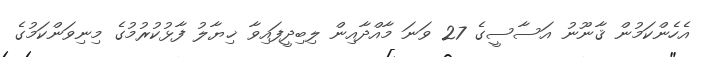
އެހެންކަމުން ޤާނޫނު އަސާސީގެ 27 ވަނަ މާއްދާއިން ލިބިދީފައިވާ ޚިޔާލު ފާޅުކުރުމުގެ މިނިވަންކަމުގެ